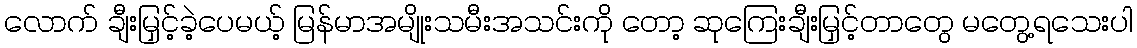
လောက် ချီးမြှင့်ခဲ့ပေမယ့် မြန်မာအမျိုးသမီးအသင်းကို တော့ ဆုကြေးချီးမြှင့်တာတွေ မတွေ့ရသေးပါ